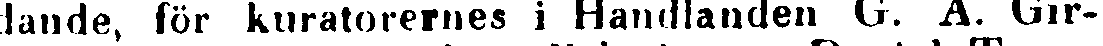
dande, för kuratorernes i Handlanden G. A. Gir-